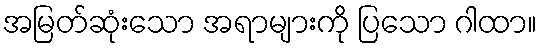
အမြတ်ဆုံးသော အရာများကို ပြသော ဂါထာ။